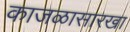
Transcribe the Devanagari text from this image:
काजळासारखा